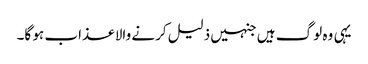
یہی وہ لوگ ہیں جنہیں ذلیل کرنے والا عذاب ہو گا۔